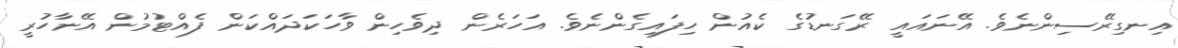
އިނގިރޭސިންނެވެ. އޭނައައީ ރޭގަނޑުގެ ކެއުން ހިފައިގެންނެވެ. އަހަރެން ދިވެހިން ވާހަކަދައްކަން ފެއްޓުމުން އޭނާހުރީ